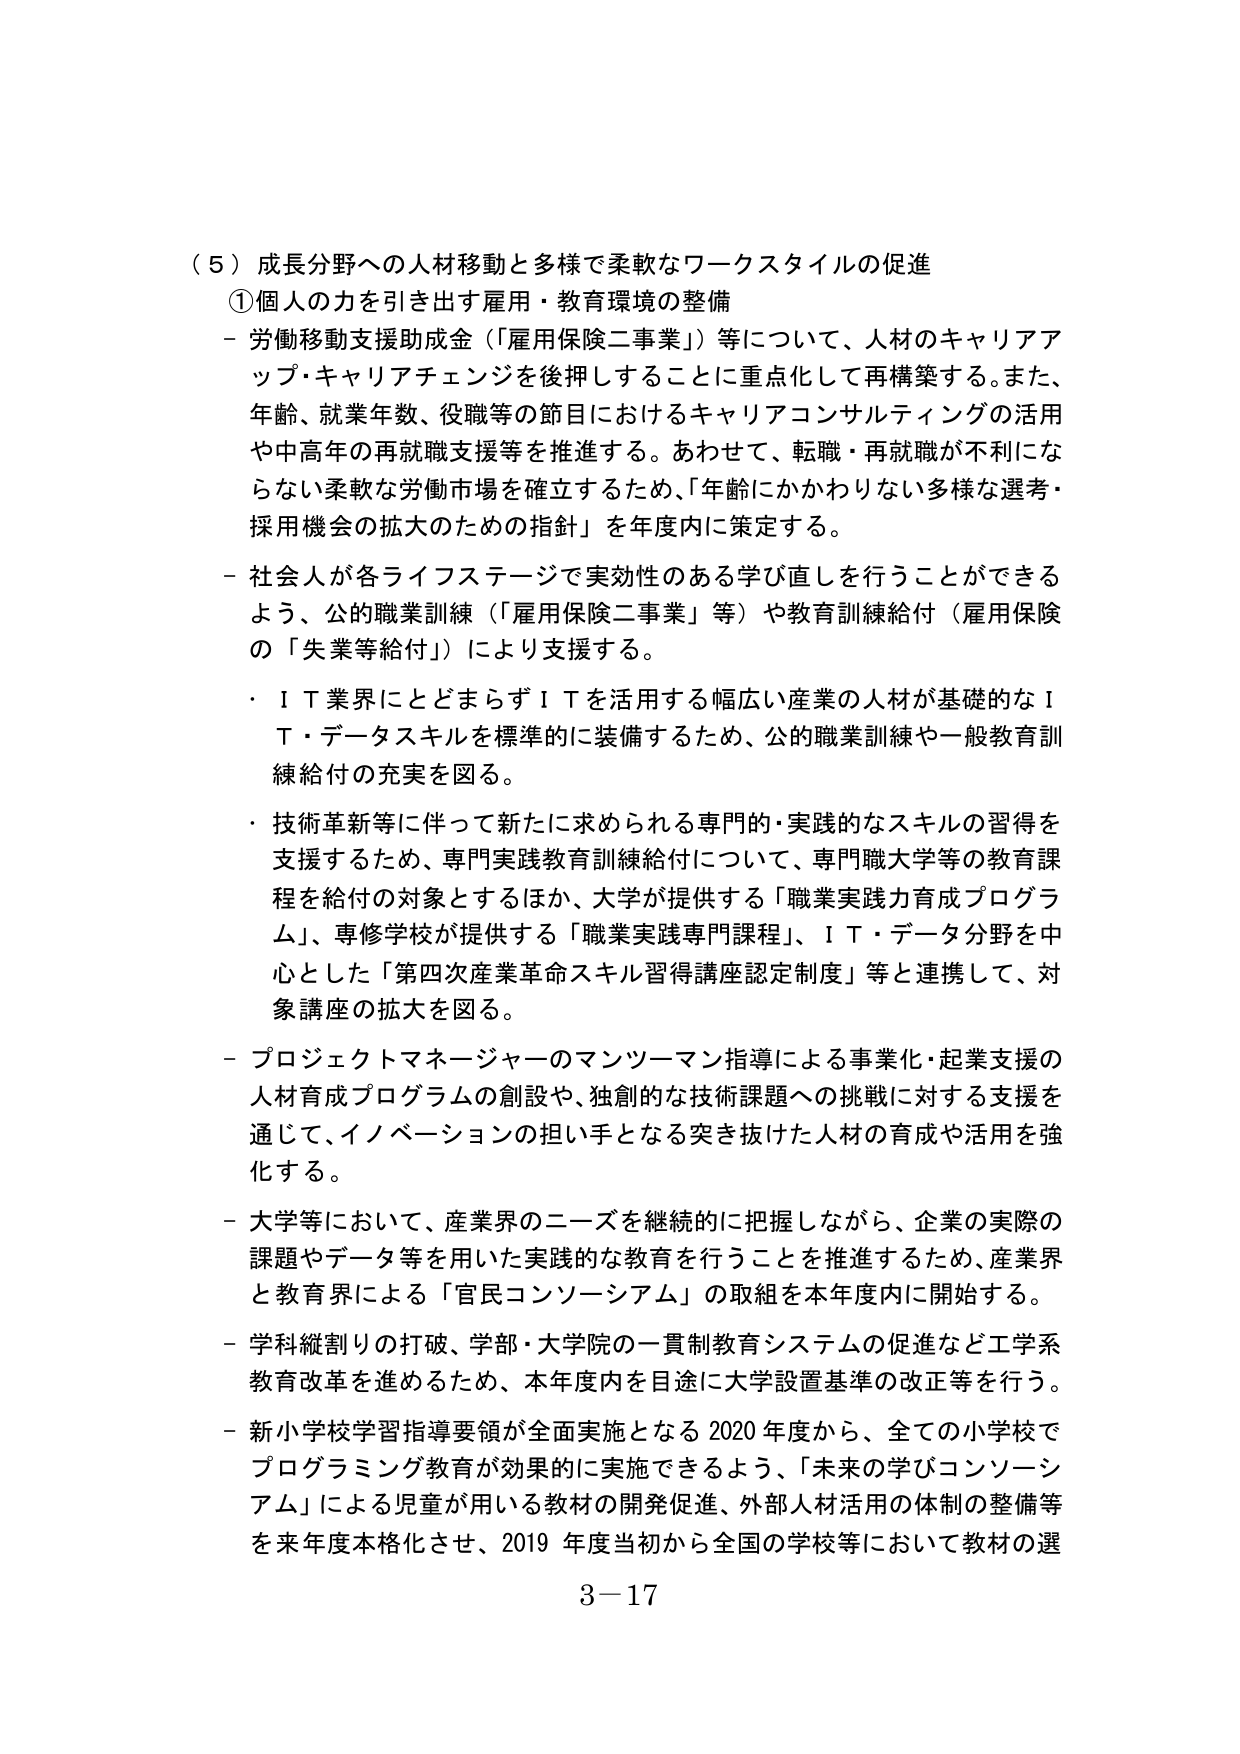
（５）成長分野への人材移動と多様で柔軟なワークスタイルの促進
①個人の力を引き出す雇用・教育環境の整備
－労働移動支援助成金（「雇用保険二事業」）等について、人材のキャリアアップ・キャリアチェンジを後押しすることに重点化して再構築する。また、年齢、就業年数、役職等の節目におけるキャリアコンサルティングの活用や中高年の再就職支援等を推進する。あわせて、転職・再就職が不利にならない柔軟な労働市場を確立するため、「年齢にかかわりない多様な選考・採用機会の拡大のための指針」を年度内に策定する。
－社会人が各ライフステージで実効性のある学び直しを行うことができるよう、公の職業訓練（「雇用保険二事業」等）や教育訓練給付（雇用保険の「失業等給付」）により支援する。
・ＩＴ業界にとどまらずＩＴを活用する幅広い産業の人材が基礎的なＩＴ・データスキルを標準的に装備するため、公の職業訓練や一般教育訓練給付の充実を図る。
・技術革新等に伴って新たに求められる専門的・実践的なスキルの習得を支援するため、専門実践教育訓練給付について、専門職大学等の教育課程を給付の対象とするほか、大学が提供する「職業実践育成プログラム」、専修学校が提供する「職業実践専門課程」、ＩＴ・データ分野を中心とした「第四次産業革命スキル習得講座認定制度」等と連携して、対象講座の拡大を図る。
－プロジェクトマネージャーのマンツーマン指導による事業化・起業支援の人材育成プログラムの創設や、独創的な技術課題への挑戦に対する支援を通じて、イノベーションの担い手となる突き抜けた人材の育成や活用を強化する。
－大学等において、産業界のニーズを継続的に把握しながら、企業の実際の課題やデータ等を用いた実践的な教育を行うことを推進するため、産業界と教育界による「官民コンソーシアム」の取組を本年度内に開始する。
－学科縦割りの打破、学部・大学院の一貫制教育システムの促進など工学系教育改革を進めるため、本年度内を目途に大学設置基準の改正等を行う。
－新小学校学習指導要領が全面実施となる2020年度から、全ての小学校でプログラミング教育が効果的に実施できるよう、「未来の学びコンソーシアム」による児童が用いる教材の開発促進、外部人材活用の体制の整備等を来年度本格化させ、2019年度当初から全国の学校等において教材の選
3－17